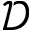
\mathcal { D }